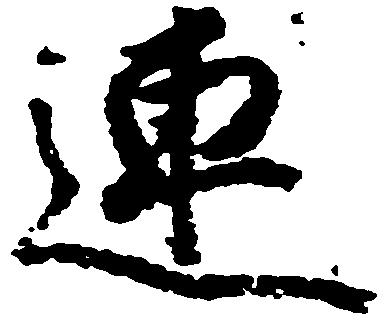
連